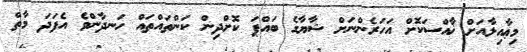
މިޢާއިލާއަށް ޚާއްސަކޮށް އަހަރެންނަށް ޝާޔާގެ ބައްޕަ ކޮށްދިން ކަންތައްތައް ހަނދާންވެ އެފަދަ މާތް